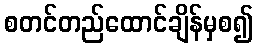
စတင်တည်ထောင်ချိန်မှစ၍